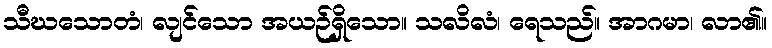
သီဃသောတံ၊ လျင်သော အယဉ်ရှိသော။ သလိလံ၊ ရေသည်။ အာဂမာ၊ လာ၏။